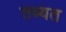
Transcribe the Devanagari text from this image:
तब्यत